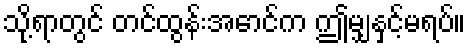
သို့ရာတွင် တင်ထွန်းအောင်က ဤမျှနှင့်မရပ်။